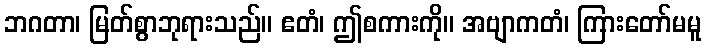
ဘဂတာ၊ မြတ်စွာဘုရားသည်။ ဧတံ၊ ဤစကားကို။ အဗျာကတံ၊ ကြားတော်မမူ